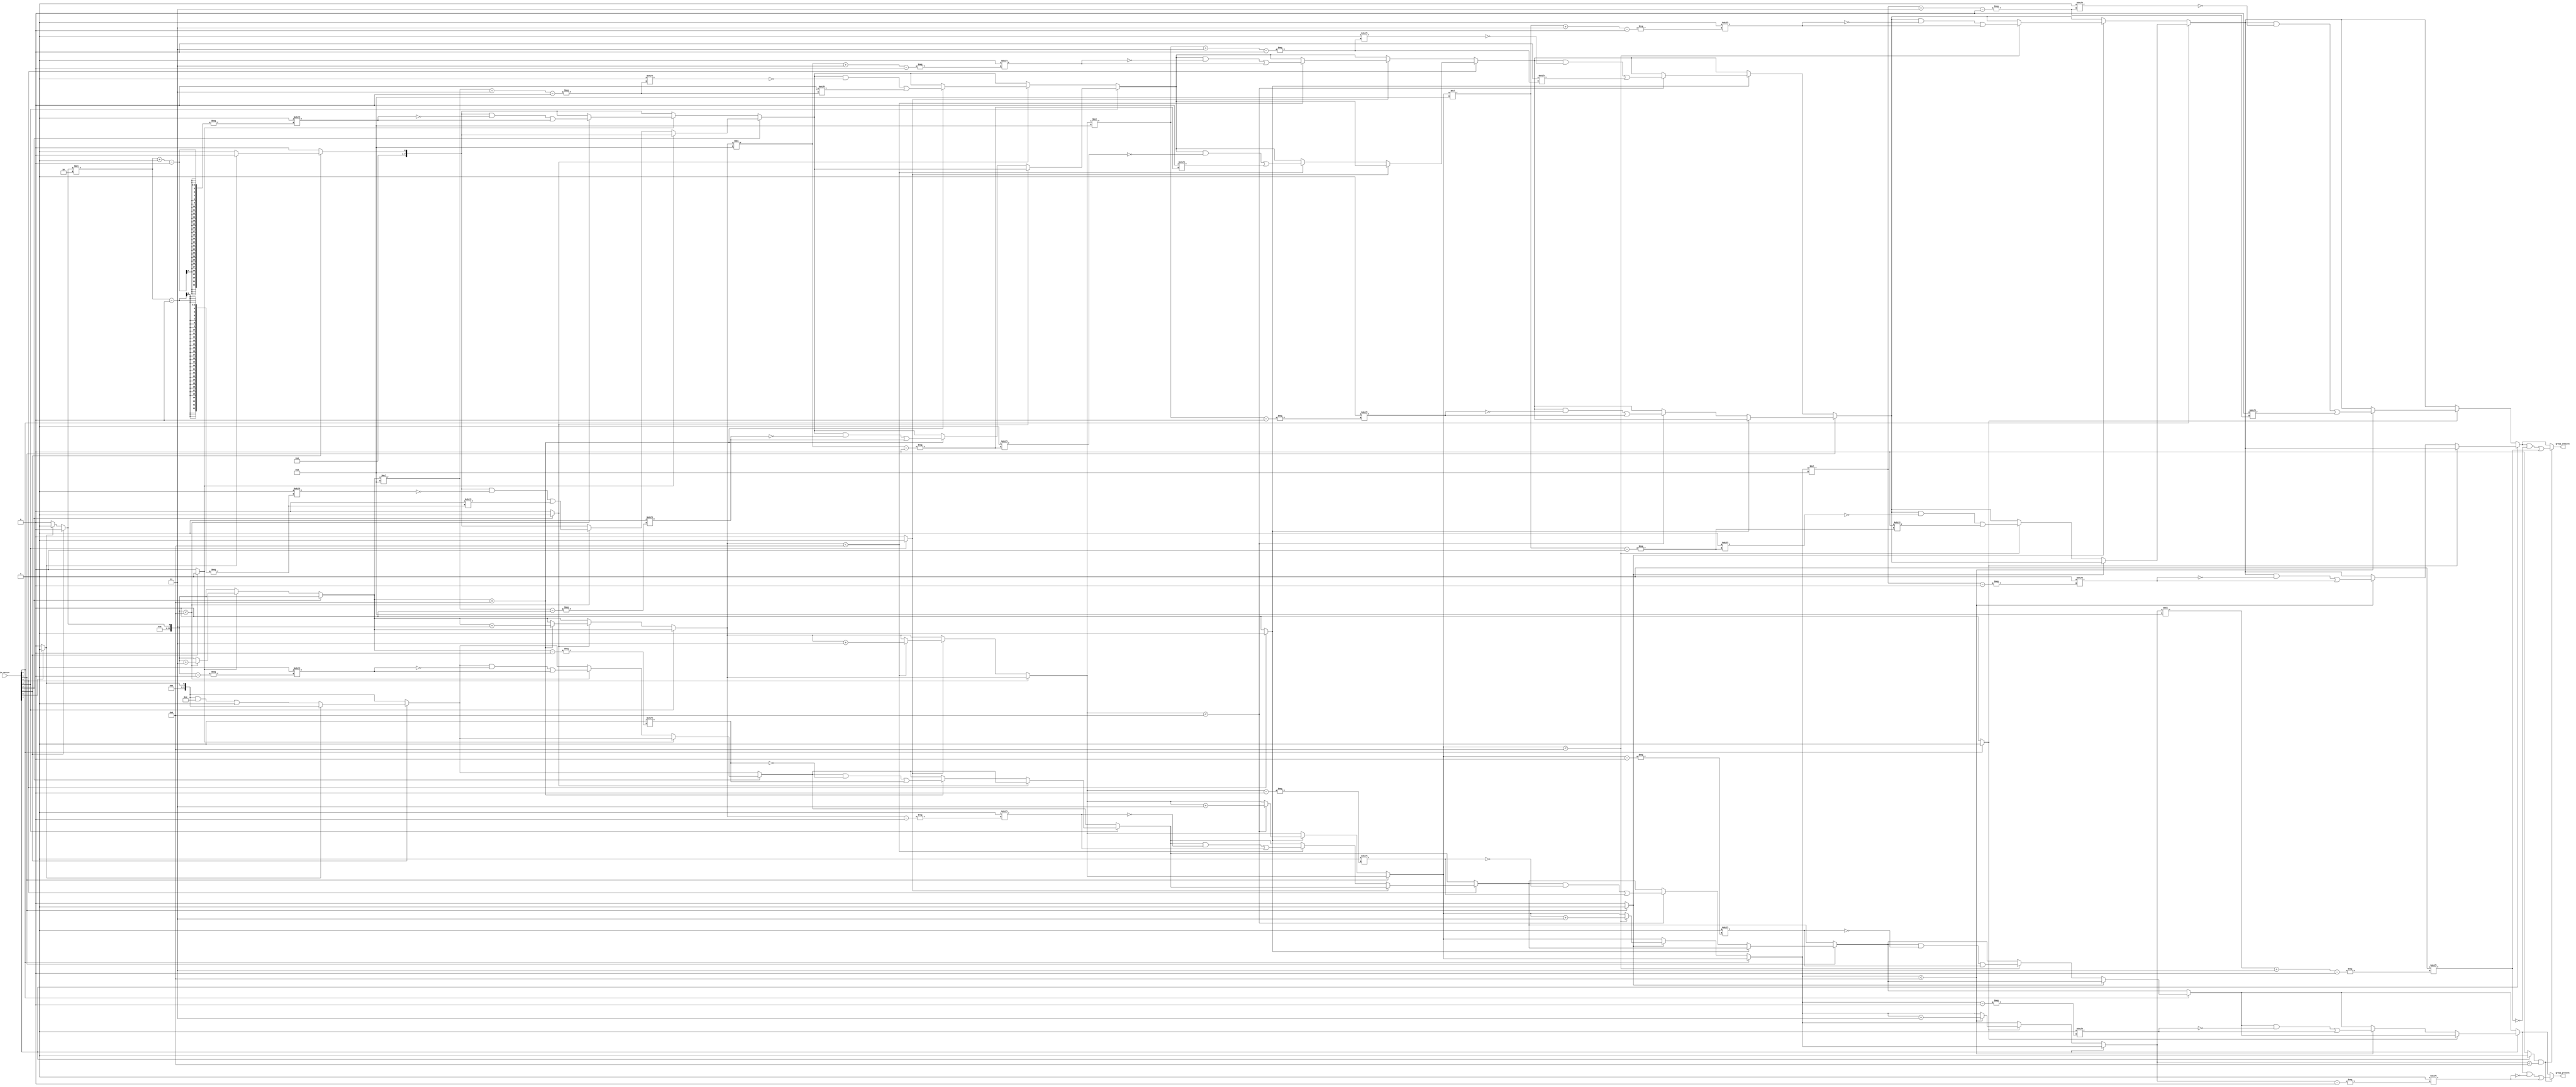
module GroupingOfOnes #(parameter N = 8, parameter MAX_GROUPS = 4)(
    input  wire [N-1:0] in_vector,  // Input binary vector
    output reg [MAX_GROUPS-1:0] group_present,  // Presence of groups
    output reg [MAX_GROUPS*2-1:0] group_indices  // Start and end indices of groups
    );

    integer i;
    reg in_group; // State to track if we are inside a group of 1s
    integer group_count; // Count of groups found

    always @* begin
        // Initialize outputs
        group_present = 0;
        group_indices = 0;
        group_count = 0;
        in_group = 0;

        // Iterate through the input vector to find groups
        for(i = 0; i < N; i = i + 1) begin
            if (in_vector[i] == 1'b1) begin
                if (!in_group) begin  // Transition from 0 to 1
                    in_group = 1; // We are now in a group
                    if (group_count < MAX_GROUPS) begin
                        group_present[group_count] = 1'b1; // Mark group presence
                        group_indices[group_count*2] = i; // Start index
                    end
                end
            end
            else begin
                if (in_group) begin  // Transition from 1 to 0
                    in_group = 0; // We are now out of a group
                    if (group_count < MAX_GROUPS) begin
                        group_indices[group_count*2 + 1] = i - 1; // End index (i-1)
                        group_count = group_count + 1; // Move to the next group
                    end
                end
            end
        end

        // Check if we ended while still in a group
        if (in_group && group_count < MAX_GROUPS) begin
            group_indices[group_count*2 + 1] = N - 1; // End of group at last index
            group_present[group_count] = 1'b1; // Ensure last group is marked
            group_count = group_count + 1; // Increment group count
        end
    end
endmodule